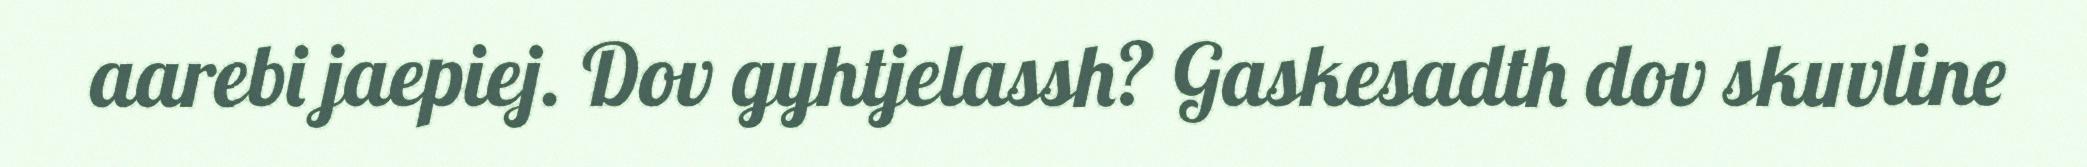
aarebi jaepiej. Dov gyhtjelassh? Gaskesadth dov skuvline